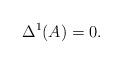
LaTeX: \begin{align*}\Delta^1(A)=0.\end{align*}